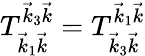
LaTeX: T_{\vec{k}_{1}\vec{k}}^{\vec{k}_{3}\vec{k}}=T_{\vec{k}_{3}\vec{k}}^{\vec{k}_{1}\vec{k}}